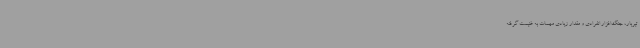
تیربار، جنگ‌افزار انفرادی‌ و مقدار زیادی‌ مهمات‌ به‌ غنیمت‌ گرفته‌